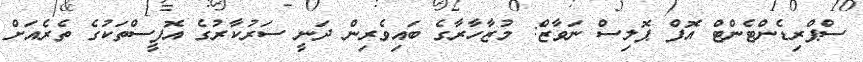
ސްޕްރިޑެންޓެންޓް އޮފް ޕޮލިސް ނަވާޒް: މުޒާހާރާގެ ބައިވެރިން ދަނީ ސަރުކާރުގެ އޮފީސްތަކުގެ ތެރެއަށް